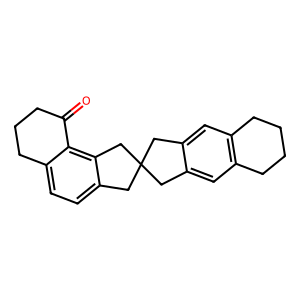
SMILES: O=C1CCCc2ccc3c(c21)CC1(Cc2cc4c(cc2C1)CCCC4)C3
Inhibits HIV replication: No